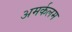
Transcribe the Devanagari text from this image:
अमर्कलम